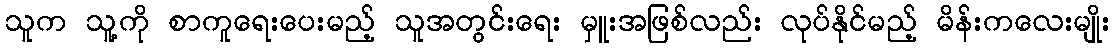
သူက သူ့ကို စာကူရေးပေးမည့် သူအတွင်းရေး မှူးအဖြစ်လည်း လုပ်နိုင်မည့် မိန်းကလေးမျိုး